Vital statistics of India. Vol. V, Reports of 1876 on armies & jails and on epidemic cholera
Year: 1876
Disease focus: Cholera
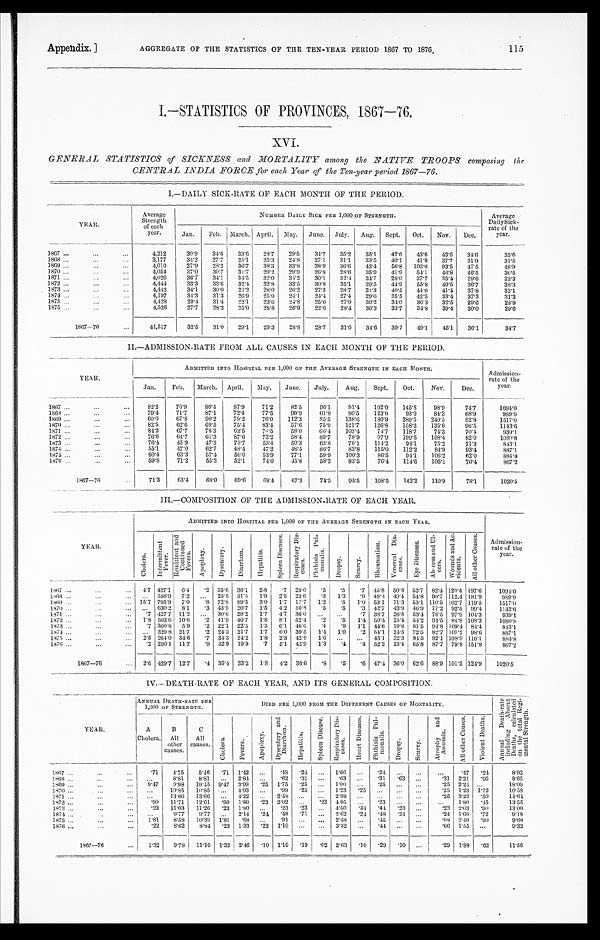
Appendix. ]
AGGREGATE OF THE STATISTICS OF THE TEN-YEAR PERIOD 1867 TO 1876.
115
I.—STATISTICS OF PROVINCES, 1867—76.
XVI.
GENERAL STATISTICS of SICKNESS and MORTALITY among the NATIVE
TROOPS composing the
CENTRAL INDIA FORCE for each Year of the Ten-year period 1867—76.
I.—DAILY SICK-RATE OF EACH MONTH OF THE PERIOD.
Y E A R .
Average
Strength
of each
year.
NUMBER DAILY SICK PER 1,000 OF STRENGTH.
Average
Dai l y Si ck-
rate of the
year.
Jan.
Feb. March. April. May.
June.
July.
Aug.
Sept.
Oct.
Nov.
Dec.
1867 . . .
4,212
30.9
34.6
33.6
28.7
29.5
34.7
35.2
35.1
42.6
43.6
43.6
34.6
35.6
1868 . . .
3,177
34.2
27.7
25.1
25.3
24.8
27.1
31.1
3 3 . 5
40.1
41.9
37.7
31.9
31.5
1869 . . .
4,,010
27.9
28.2
36.7
38.3
33.8
38.9
36.6
43.4
56.8
103.0
93.5
47.5
4 8 . 9
1870 . . .
4.054
37.0
30.7
31.7
29.2
29.9
26.8
28.6
35.9
41.9
54.1
46.8
46.5
36.5
1871 . . .
4,026
36.7
34.1
34.5
32.0
34.2
30.l.
32.4
34.7
28.0
37.7
35.4
29.6
33.3
1872 . . .
4,444
33.3
33.6
32.4
32.8
33.5
30.8
35.1
3 9 . 5
44.9
55.8
49.5
36.7
38.3
1873 . . .
4,442
34.1
30.0
23.2
28.0
26.2
27.3
28.7
34.3
40.5
44.0
41.4
37.8
3 3 . 1
1874 . . .
4,197
34.3
31.3
26.9
25.9
24.4
24.4
27.4
29.6
35.5
42.5
33.4
37.3
31.2
1875 . . .
4,128
29.4
31.4
22.l
23.6
24.8
25.0
27.0
30.2
34.0
36.3
32.5
29.6
28.9
1875 . . .
4,526
27.7
28.2
25.0
28.8
26.9
22.6
28.4
30.3
33.7
34.8
39.4
30.0
29.6
1867—76
41,517
32.5
31.0
2 9 . 1
29.3
28.8
28.7
31.0
34.6
39.7
49.1
45.1
36.1
3 4 . 7
II.—ADMISSION-RATE FROM ALL CAUSES IN EACH MONTH OF THE PERIOD.
YEAR.
ADMITTED INTO HOSPITAL PER 1,000 OF THE AVERAGE STRENGTH IN EACH MONTH.
Admission
-
rate of the
year.
Jan.
Feb.
March.
April.
May.
June.
July.
Aug.
Sept.
Oct.
Nov.
Dec.
1867 . . .
82.2
76.9
80.4
87.9
71.2
82.5
96.1
91.4
102.0
145.8
98.9
74.7
1094.0
1868 . . .
79.4
71.7
87.1
72.4
77.5
9 0 . 9
61.8
80.5
123.0
93.0
84.3
68.9
989.9
1869 . . .
60.0
67.8
90.2
79.2
76.0
112.3
85.5
138.6
180.9
289.5
2 4 0 . 5
92.8
1517.0
1870 . . .
82.5
62.6
69.5
75.4
83.4
57.6
75.9
121.7
126.8
158.2
135.0
96.5
1143.6
1871 . . .
84.2
67.7
78.3
63.5
76.5
5 8 . 0
66.4
103.4
74.7
118.7
74.3
70.4
939.1
1872 . . .
76.6
64.7
61.3
87.6
73.2
58.4
89.7
78.9
97.9
199.5
108.4
82.0
1080.8
1873 . . .
76.4
45.9
47.3
73.7
53.4
50.3
63.8
76.1
114.2
94.1
75.2
71.3
843. 1
1874 . . .
5 5 . 1
47.0
62.7
48.4
47.2
48.5
86.7
83.8
115.0
112.2
84.9
93.4
887.1.
1 8 7 5 . . .
60.4
63.3
57.4
56.0
53.9
77.1
59.9
100.3
86.5
94.1
106.2
62.0
884.8
1876 . . .
59.8
71.2
55.3
52.1
74.0
45.8
58.2
83.5
76.4
114.6
105.1
70.4
867.2
1867—76
71.3
63.4
68.0
69.6
6 8 . 4
67.3
74.5
95.5
108.5
142.2
110.9
78.1
1020.5
III.—COMPOSITION OF THE ADMISSION-RATE OF EACH YEAR.
YEAR.
ADMITTED INTO HOSPITAL PER 1,000 OF THE AVERAGE STRENGTH IN EACH YEAR,
Admission-
rate of the
year.
C h o l e r a .
I n t e r m i t t e n t F e v e r .
R e m i t t e n t a n d C o n t i n u e d F e v e r s .
A p o p l e x y .
D y s e n t e r y .
D i a r r œ a .
H e p a t i t i s .
S p l e e n D i s e a s e s .
R e s p i r a t o r y D i s - c a s e s .
P h t h i s i s P u l - m o n a l i s .
D r o p s y .
S c u r v y .
R h e u m a t i s m . V e n e r e a l D i s - c a s e s .
E y e D i s e a s e s .
A b s c e s s a n d U l - c e r s .
W o u n d s a n d A c - c i d e n t s .
A l l o t h e r C a u s e s .
1867 . . .
4.7 427.1
6.4
.2 35.6 36.1
2.8
.7 28.0
.5
.5
.7
45.8 50.8 53.7 82.4 120.4 197.6
1 0 9 4 . 0
1868 . . .
. . . 356.9 7.2
. . . 25.5 31.1
1.9
2.5 23.6
.3
1.3
.0 49.4 49.4 54.8 90.7 112.4 181.9
989.9
1869 . . .
15.7 795.9
7.0
.8 72.8 89.5
3.0
1.7 17.7
1.2
.5
1.0 53.1 71.3 53.1 110.5 102.7 119.5
1517.0
1870 . . .
. . . 630.2
8.1
.3 43.9 20.7
l.5
4.2 30.8
.5
.5
.3
42.7 43.9 46.9 77.2 92.5 99.4
1 1 4 3 . 6
1871 . . .
.7 427.7 11.2
. . .
30.6 28.2
1.7
4.7 36.0
. . .
. . .
.7 38.7 26.8 53.4 76.5 97.9 104.3
939.1
1872 . . .
1.8 503.6 10.6
.2 41.9 40.7
1.8
8.] 52.4
.2
.5
1.4 50.4 25.4 54.2 94.5 84.8 108.3
1080.8
1873 . . .
.7 300.8
5.9
.2 22.1 22.5
1.3
6.1 46.6
.4
.9
1.1
44.6 19.8 81.5 94.8 109.4 84.4
8 4 3 . 1
1874 . . .
. . . 329.8 21.7
.2 24.3 21.7
1.7
6.0 39.5
1.4
1.0
.2 54.1 24.5 72.5 82.7 107.2 98.6
887.1
1875 . . .
2.5 264.0 34.6
.7 34.3 24.2 1.8
2.3 42.0
1.6
. . .
. . .
43.1 32.3 84.5 92.1 108.9 116.1
8 8 4 . 8
1876 . . .
.2 290.1 11.7
.9 32.9 19.9
.7
5.1 42.9
1.3
.4
. 4 52.2 23.4 65.8 87.7 79.8 151.8
8 6 7 . 2
1867—76 . . .
2.6 429.7 12.7
. 4 36.4 33.2
1.8
4.2 36.6
.8
.5
.6 47.4 36.0 62.6 88.9 101.2 124.9
1020.5
IV.—DEATH-RATE OF EACH YEAR, AND ITS GENERAL COMPOSITION.
Y E A R
ANNUAL DEATH-RATE PER DIED PER 1,000 FROM THE DIFFERENT CAUSES OF MORTALITY.
1,000 OF STRENGTH
.
A n n u a l D e a t h - r a t e i n c l u d i n g A b s e n t D e a t h s , c a l c u l a t e d o n t h e t o t a l R e g i - m e n t a l S t r e n g t h .
A
Cholera.
B
All
other
causes.
C
All
causes. Chol er a.
F e v e r s .
A p o p l e x y .
D y s e n t e r y a n d D i a r r h œ a .
H e p a t i t i s .
S p l e e n D i s e a s e .
R e s p i r a t o r y D i s - e a s e s .
H e a r t D i s e a s e .
P h t h i s i s P u l - m o n a l i s .
Dropsy.
S c u r v y .
A t r o p h y a n d A n æ m i a .
A l l o t h e r C a u s e s .
V i o l e n t D e a t h s .
1867 . . .
. 7 1
4.75
5.46
.71 1.42
. . .
.48
. 24
. . . 1.66
. . . .24
. . .
. . .
. . .
.47 .24
8.92
. . . 8.81
8.81
. . . 2.84
. . .
.62
. 3 1
. . .
.63
. . . .31
. 6 3 . . .
. 3 1
2.21
.95
8.65
1868 . . .
9 . 4 7
9.98
19.45 9.47 3.99
. 25 1.75
. 2 5
. . . 1.00
. . . .25
. . .
. . .
. 2 52.24
. . .
18.09
1869 . . .
. . . 10.85
10.85 . . .
4.93
. . .
.99
. 2 5
. . . 1.23
. 2 5
. . .
. . .
. . .
. 2 5
1.23 1.72
1 0 . 5 8
1870 . . .
. . .
13.66
13.66 . . .
4.22
. . . 2.48
. . .
. . . 2.98
. . .
. . .
. . .
. . .
. 2 5
3.23
.50
1 . 6 4
1871 . . .
. 9 0
11.71
12.61
.90 1.0
. 23 2.02
. . .
. 2 3
4 . 9 5
. . .
. 2 3
. . .
. . .
. . . 1.80
. 4 5
1 3 . 5 5
1872 . . .
. 2 3 11.03 11.26
.23 1.80
. .
. 2 3
. 2 3
. . . 4.50
. 4 4 .44
. 2 3
. . .
. 2 3
2.03
. 9 0
1 3 . 0 0
1873 . . .
. . .
9.77
9.77
. . .
. . .
. 2 4
.48
. 7 1
. . . 2.62
. 2 1
. 4 8
. 2 4
. . .
. 2 4
1.66
. 7 2
9 . 1 8
1874 . . .
1 . 8 1
8.58 10.39
1.81
. 6 8 . . .
. 9 1
. . .
. . . 2.48
. . .
. 4 5
. . .
. . .
. 6 8
2.49
. 9 0
9 . 6 8
1875 . . .
. 2 2
8.62
8.84 .22 1.33
. 2 2
1.10
. . .
. . . 3.32
. . . .44
. . .
. . .
. 6 6
1.55
. . .
9 . 3 2
1876 . . .
1867—76 . . .
1.32
9.78
11.10 1.32 2.46
. 10 1.10
. 1 9
. 02 2.63
. 1 0 .29
. 1 0
. . .
. 2 9
1.88
.62
11.56